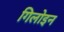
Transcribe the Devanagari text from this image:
गिलोइन